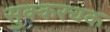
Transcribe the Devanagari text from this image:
सुक्करचक